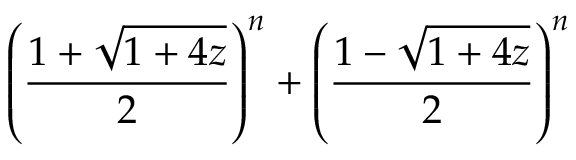
\left( { \frac { 1 + { \sqrt { 1 + 4 z } } } { 2 } } \right) ^ { n } + \left( { \frac { 1 - { \sqrt { 1 + 4 z } } } { 2 } } \right) ^ { n }